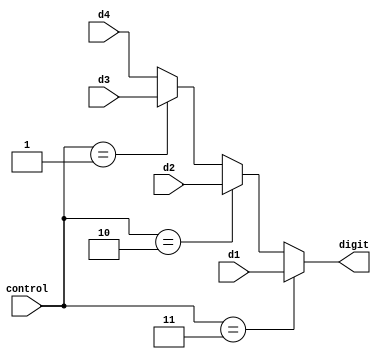
`timescale 1ns / 1ps
//////////////////////////////////////////////////////////////////////////////////////////
// Company: Digilent Inc.
// 
// Module Name:    digit_select
// Project Name: 	 PmodGYRO_Demo
// Target Devices: Nexys3
// Tool versions:  ISE 14.1
// Description: Selects current digit to display on SSD.
//
// Revision History: 
// 						Revision 0.01 - File Created (Andrew Skreen)
//							Revision 1.00 - Added Comments and Converted to Verilog (Josh Sackos)
//////////////////////////////////////////////////////////////////////////////////////////

// ==============================================================================
// 										  Define Module
// ==============================================================================
module digit_select(
		d1,
		d2,
		d3,
		d4,
		control,
		digit
);

// ==============================================================================
// 									   Port Declarations
// ==============================================================================

			input [3:0]  d1;
			input [3:0]  d2;
			input [3:0]  d3;
			input [3:0]  d4;
			input [1:0]  control;
			output [3:0] digit;  
   
// ==============================================================================
// 									    Implementation
// ==============================================================================

			// Assign digit to display on SSD cathodes
			assign digit = (control == 2'b11) ? d1 : 
								(control == 2'b10) ? d2 : 
								(control == 2'b01) ? d3 : 
								d4;
   
endmodule